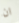
ان